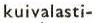
kuivalasti-